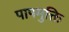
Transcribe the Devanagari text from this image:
पापमुक्ति